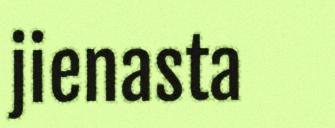
jienasta